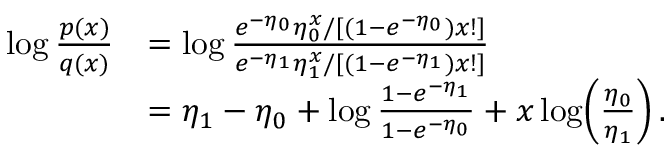
\begin{array} { r l } { \log \frac { p ( x ) } { q ( x ) } } & { = \log \frac { e ^ { - \eta _ { 0 } } \eta _ { 0 } ^ { x } / [ ( 1 - e ^ { - \eta _ { 0 } } ) x ! ] } { e ^ { - \eta _ { 1 } } \eta _ { 1 } ^ { x } / [ ( 1 - e ^ { - \eta _ { 1 } } ) x ! ] } } \\ & { = \eta _ { 1 } - \eta _ { 0 } + \log \frac { 1 - e ^ { - \eta _ { 1 } } } { 1 - e ^ { - \eta _ { 0 } } } + x \log \! \left( \frac { \eta _ { 0 } } { \eta _ { 1 } } \right) . } \end{array}